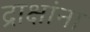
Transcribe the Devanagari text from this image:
द्राक्षांना